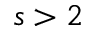
s > 2